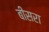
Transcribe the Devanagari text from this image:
बीसरा